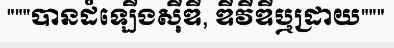
"""បានដំឡើងស៊ីឌី, ឌីវីឌីឬដ្រាយ"""